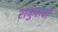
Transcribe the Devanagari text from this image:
सकुरांची